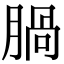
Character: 腡